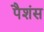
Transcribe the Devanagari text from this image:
पैशंस